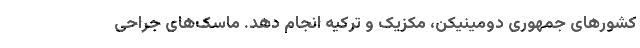
کشور‌های جمهوری دومینیکن، مکزیک و ترکیه انجام دهد. ماسک‌های جراحی